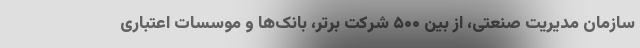
سازمان مدیریت صنعتی، از بین ۵۰۰ شرکت برتر، بانک‌ها و موسسات اعتباری